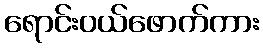
ရောင်းဝယ်ဖောက်ကား